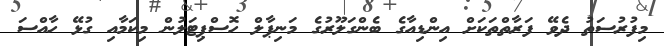
މިފުރުސަތު ދެވޭ ފަރާތްތަކަށް އިންޑިއާގެ ބެންގަލޫރުގެ މަނިޕާލް ހޮސްޕިޓަލުން މިކަމާއި ގުޅޭ ހާއްސަ